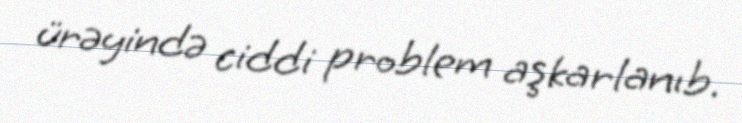
ürəyində ciddi problem aşkarlanıb.